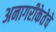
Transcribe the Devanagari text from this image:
अनागरीकेतेचे